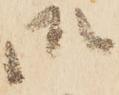
御